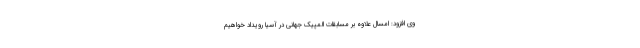
وی افزود: امسال علاوه بر مسابقات المپیک جهانی در آسیا رویداد خواهیم